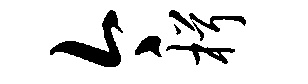
今楫